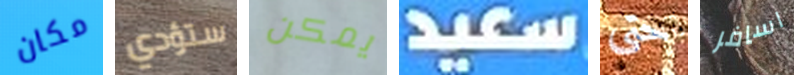
مكان ستؤدي يمكن سعيد حتى اسافر